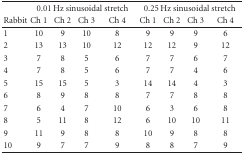
<table><thead><tr><td></td><td colspan="4"><b>0.01 Hz sinusoidal stretch</b></td><td colspan="4"><b>0.25 Hz sinusoidal stretch</b></td></tr><tr><td><b>Rabbit</b></td><td><b>Ch 1</b></td><td><b>Ch 2</b></td><td><b>Ch 3</b></td><td><b>Ch 4</b></td><td><b>Ch 1</b></td><td><b>Ch 2</b></td><td><b>Ch 3</b></td><td><b>Ch 4</b></td></tr></thead><tbody><tr><td>1</td><td>10</td><td>9</td><td>10</td><td>8</td><td>9</td><td>9</td><td>9</td><td>6</td></tr><tr><td>2</td><td>13</td><td>13</td><td>10</td><td>12</td><td>12</td><td>12</td><td>9</td><td>12</td></tr><tr><td>3</td><td>7</td><td>8</td><td>5</td><td>6</td><td>7</td><td>7</td><td>6</td><td>7</td></tr><tr><td>4</td><td>7</td><td>8</td><td>5</td><td>6</td><td>7</td><td>7</td><td>4</td><td>6</td></tr><tr><td>5</td><td>15</td><td>15</td><td>5</td><td>3</td><td>14</td><td>14</td><td>4</td><td>3</td></tr><tr><td>6</td><td>8</td><td>9</td><td>8</td><td>8</td><td>7</td><td>7</td><td>8</td><td>8</td></tr><tr><td>7</td><td>6</td><td>4</td><td>7</td><td>10</td><td>6</td><td>3</td><td>6</td><td>8</td></tr><tr><td>8</td><td>5</td><td>11</td><td>8</td><td>12</td><td>6</td><td>10</td><td>10</td><td>11</td></tr><tr><td>9</td><td>11</td><td>9</td><td>8</td><td>8</td><td>10</td><td>9</td><td>8</td><td>8</td></tr><tr><td>10</td><td>9</td><td>7</td><td>7</td><td>9</td><td>8</td><td>8</td><td>7</td><td>9</td></tr></tbody></table>